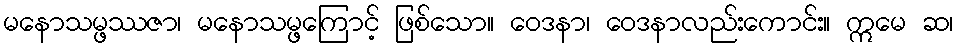
မနောသမ္ဖဿဇာ၊ မနောသမ္ဖကြောင့် ဖြစ်သော။ ဝေဒနာ၊ ဝေဒနာလည်းကောင်း။ ဣမေ ဆ၊